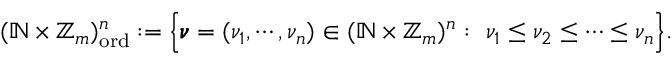
\begin{array} { r } { ( \mathbb { N } \times \mathbb { Z } _ { m } ) _ { \mathrm { o r d } } ^ { n } : = \Big \{ \pmb { \nu } = ( \nu _ { 1 } , \cdots , \nu _ { n } ) \in ( \mathbb { N } \times \mathbb { Z } _ { m } ) ^ { n } : ~ \nu _ { 1 } \leq \nu _ { 2 } \leq \cdots \leq \nu _ { n } \Big \} . } \end{array}